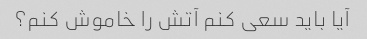
آیا باید سعی کنم آتش را خاموش کنم؟